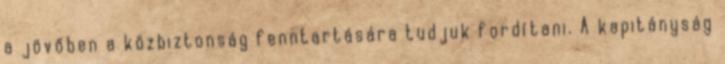
a jövőben a közbiztonság fenntartására tudjuk fordítani. A kapitányság